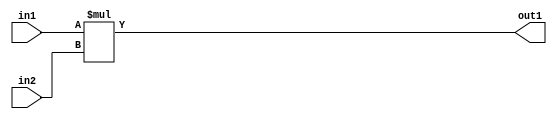
`timescale 1ps / 1ps
/*****************************************************************************
    Verilog RTL Description
    
    
    Created by: Stratus DpOpt 2019.1.01 
*******************************************************************************/

module st_feature_addr_gen_Mul_16U_19_4 (
	in2,
	in1,
	out1
	); /* architecture "behavioural" */ 
input [15:0] in2,
	in1;
output [15:0] out1;
wire [15:0] asc001;

assign asc001 = 
	+(in1 * in2);

assign out1 = asc001;
endmodule

/* CADENCE  ubD2Tgo= : u9/ySgnWtBlWxVPRXgAZ4Og= ** DO NOT EDIT THIS LINE ******/